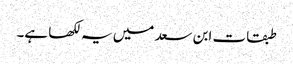
طبقات ابن سعد میں یہ لکھا ہے۔